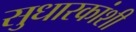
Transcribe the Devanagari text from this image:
सुधारकांशी